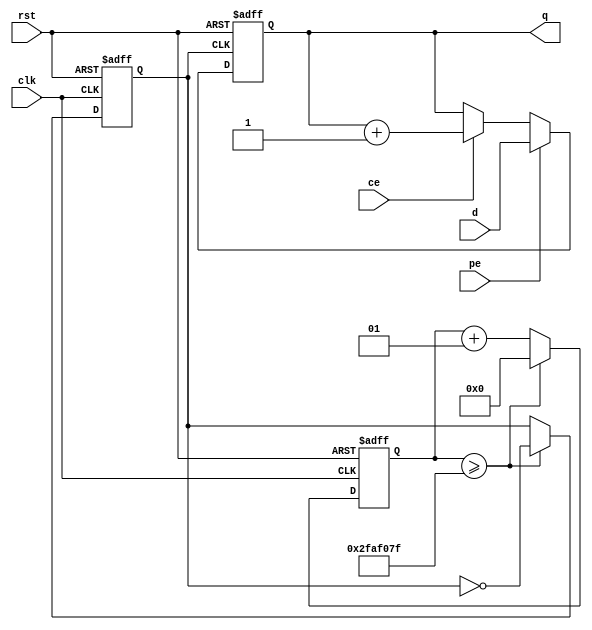
`timescale 1ns / 1ps
//////////////////////////////////////////////////////////////////////////////////
// Company: 
// Engineer: 
// 
// Design Name: 
// Module Name: CNT
// Project Name: 
// Target Devices: 
// Tool Versions: 
// Description: 
// 
// Dependencies: 
// 
// Revision:
// Revision 0.01 - File Created
// Additional Comments:
// 
//////////////////////////////////////////////////////////////////////////////////


module CNT #(parameter N=14)(
    input [N-1:0]d,
    input ce,pe,rst,clk,
    output reg [N-1:0]q
    );
    integer count=0;
    wire clk_1;
    reg clk1=0;
    assign clk_1=clk1;
    always @(negedge clk or posedge rst)
    begin
        if(rst)
        begin
            clk1<=0;
            count<=0;
        end
        else 
        begin
            if(count>=49999999)
            begin
                count<=0;
                clk1=~clk1;
            end
            else count<=count+1;
       end
    end  
    
    always @(posedge clk_1 or posedge rst)
    begin
        if(rst)
        begin
            q<=14'b0000_0000_0000_00;
        end
        else
        begin
            if(pe)  q<=d;
            else if(ce) q<=q+1;
        end
    end                    

endmodule